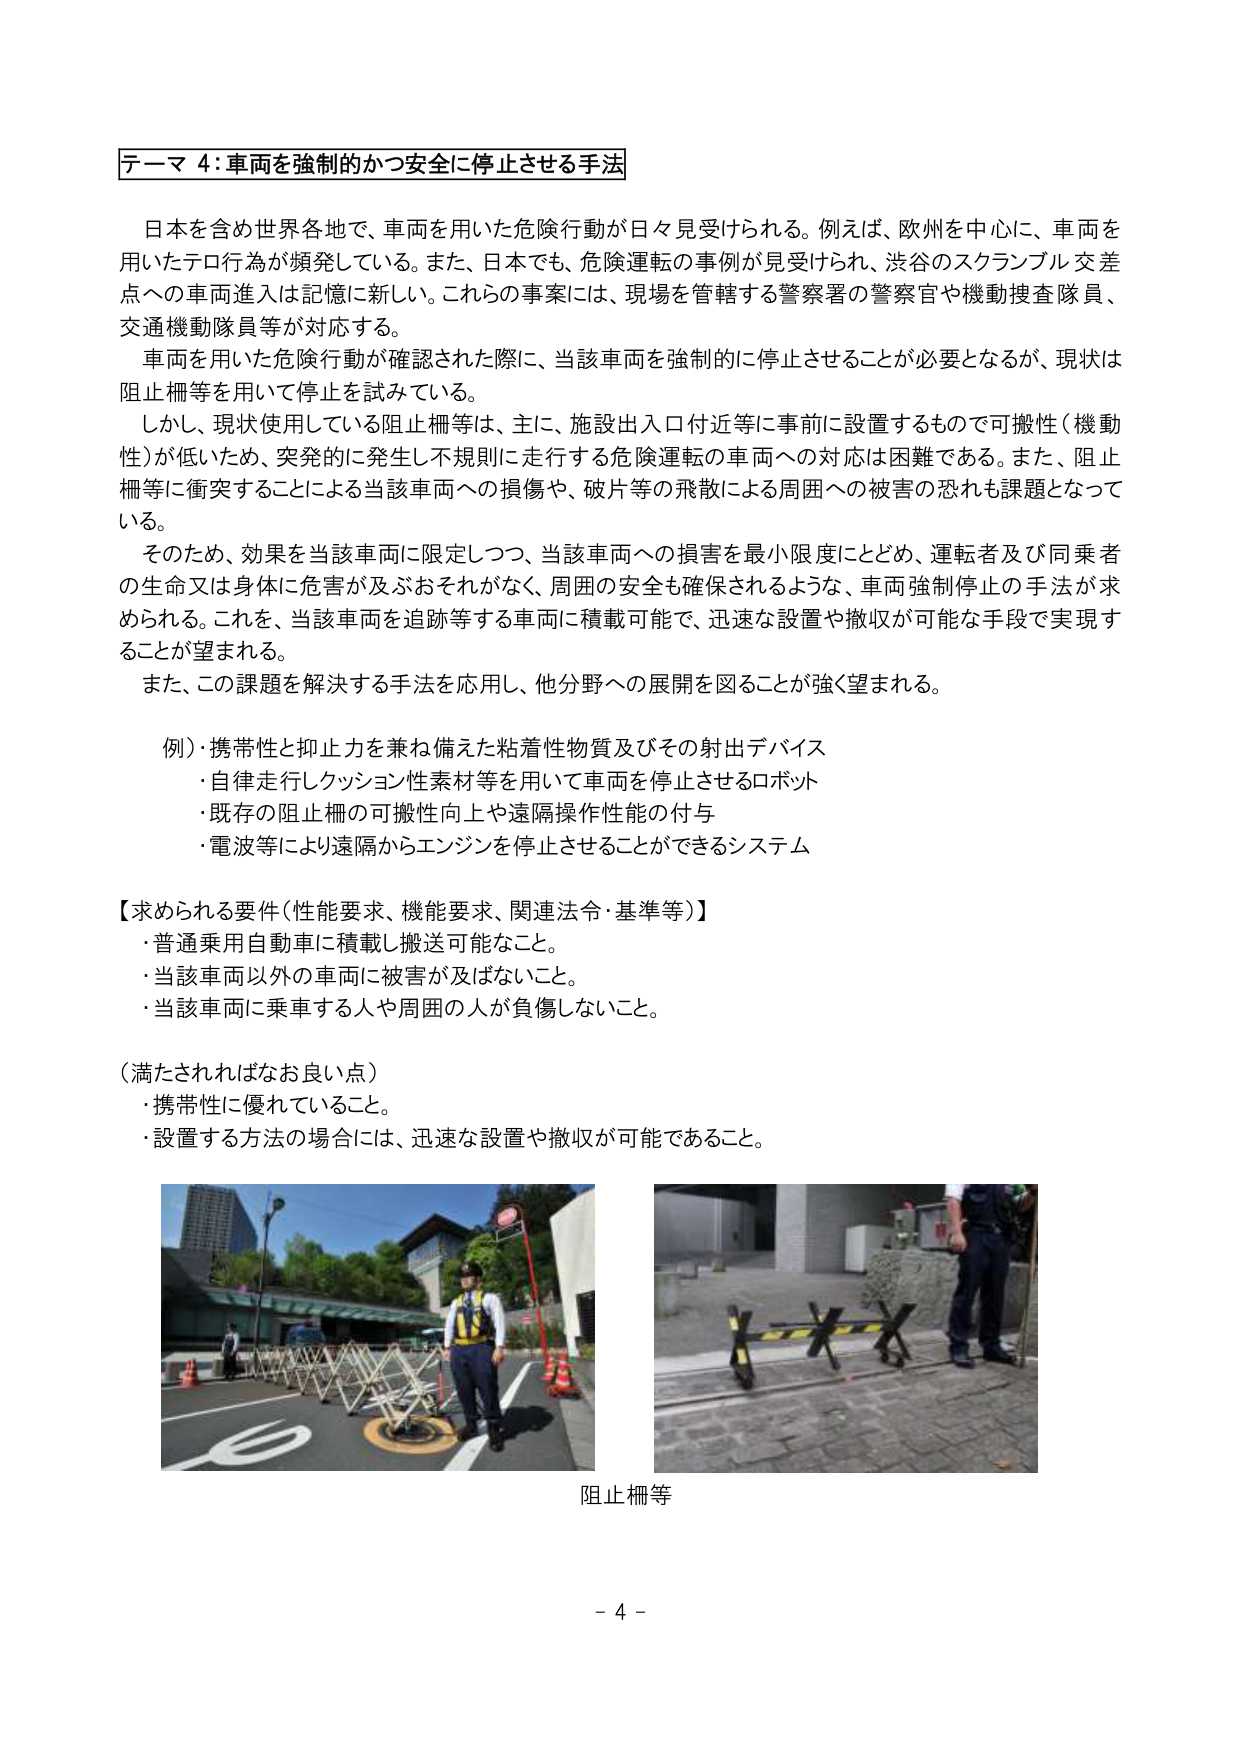
テーマ４：車両を強制的かつ安全に停止させる手法

日本を含め世界各地で、車両を用いた危険行動が日々見受けられる。例えば、欧州を中心に、車両を用いたテロ行為が頻発している。また、日本でも、危険運転の事例が見受けられ、渋谷のスクランブル交差点への車両進入は記憶に新しい。これらの事案には、現場を管轄する警察署の警察官や機動捜査隊員、交通機動隊員等が対応する。

車両を用いた危険行動が確認された際に、当該車両を強制的に停止させることが必要となるが、現状は阻止柵等を用いて停止を試みている。

しかし、現状使用している阻止柵等は、主に、施設出入口付近等に事前に設置するもので可搬性（機動性）が低いため、突発的に発生し不規則に走行する危険運転の車両への対応は困難である。また、阻止柵等に衝突することによる当該車両への損傷や、破片等の飛散による周囲への被害の恐れも課題となっている。

そのため、効果を当該車両に限定しつつ、当該車両への損害を最小限度にとどめ、運転者及び同乗者の生命又は身体に危害が及ぶおそれがなく、周囲の安全も確保されるような、車両強制停止の手法が求められる。これを、当該車両を追跡等する車両に積載可能で、迅速な設置や撤収が可能な手段で実現することが望まれる。

また、この課題を解決する手法を応用し、他分野への展開を図ることが強く望まれる。

例）携帯性と抑止力を兼ね備えた粘着性物質及びその射出デバイス
・自律走行レクッション性素材等を用いて車両を停止させるロボット
・既存の阻止柵の可搬性向上や遠隔操作性能の付与
・電波等により遠隔からエンジンを停止させることができるシステム

【求められる要件（性能要求、機能要求、関連法令・基準等）】
・普通乗用自動車に積載し搬送可能なこと。
・当該車両以外の車両に被害が及ばないこと。
・当該車両に乗車する人や周囲の人が負傷しないこと。

（満たされればなお良い点）
・携帯性に優れていること。
・設置する方法の場合には、迅速な設置や撤収が可能であること。

阻止柵等

－ 4 －